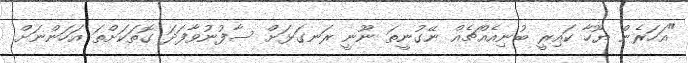
"އަހަރެން ޔޫހާ ކައިރީ ބުނިއެއްޗެއް ނޭގުނީތަ ނޫނީ ރަނގަޅަށް ސާފުނުވާފަދަ ގޮތަކަށްތަ އަހަންނަށް